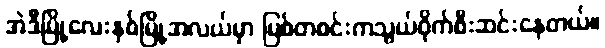
အဲဒီမြို့လေးနှစ်မြို့အလယ်မှာ မြစ်တစင်းကသွယ်ဝိုက်စီးဆင်းနေတယ်။